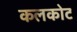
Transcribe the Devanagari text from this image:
कलकोट